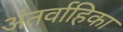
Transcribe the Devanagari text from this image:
अंतर्वाहिका